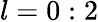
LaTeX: l=0:2